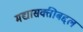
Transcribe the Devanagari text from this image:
मद्यासक्तीबद्दल